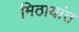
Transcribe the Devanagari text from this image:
मिठायांत